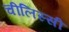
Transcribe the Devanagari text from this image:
चीलिस्सी